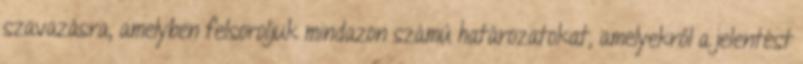
szavazásra, amelyben felsoroljuk mindazon számú határozatokat, amelyekről a jelentést